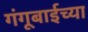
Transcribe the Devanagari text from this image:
गंगूबाईच्या